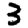
Digit: 3